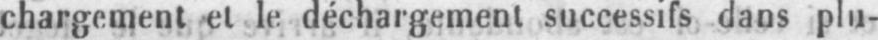
chargement et le déchargement successifs dans plu-